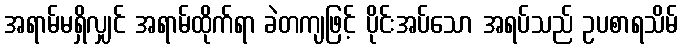
အရာမ်မရှိလျှင် အရာမ်ထိုက်ရာ ခဲတကျဖြင့် ပိုင်းအပ်သော အရပ်သည် ဥပစာရသိမ်